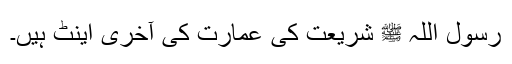
رسول اللہ ﷺ شریعت کی عمارت کی آخری اینٹ ہیں۔